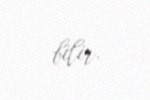
bilir.